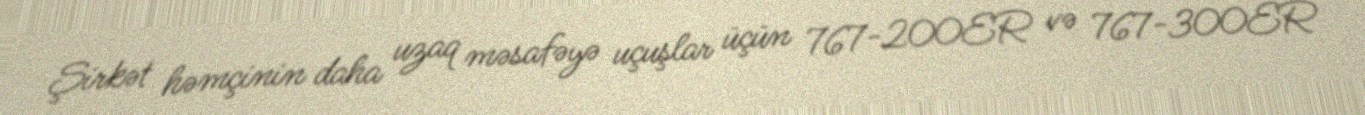
Şirkət həmçinin daha uzaq məsafəyə uçuşlar üçün 767-200ER və 767-300ER